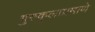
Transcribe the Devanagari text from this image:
गुरुकुलाप्रमाणे